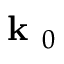
\textbf { k } _ { 0 }